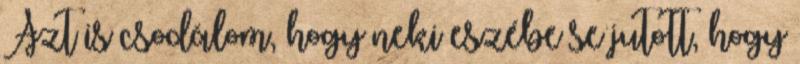
Azt is csodálom, hogy neki eszébe se jutott, hogy